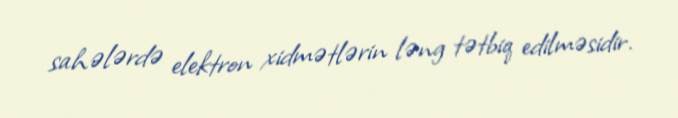
sahələrdə elektron xidmətlərin ləng tətbiq edilməsidir.